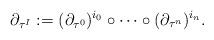
LaTeX: \begin{align*}\partial_{\tau^I}:=(\partial_{\tau^0})^{i_0}\circ\dots\circ (\partial_{\tau^{n}})^{i_{n}}.\end{align*}